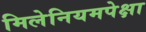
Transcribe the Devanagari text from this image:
मिलेनियमपेक्षा